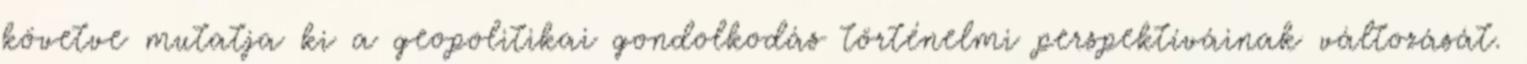
követve mutatja ki a geopolitikai gondolkodás történelmi perspektíváinak változását.